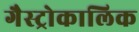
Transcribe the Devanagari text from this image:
गैस्ट्रोकालिक